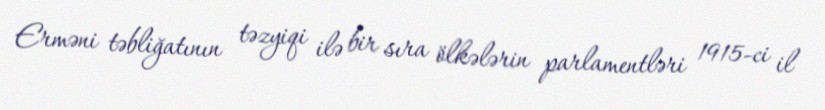
Erməni təbliğatının təzyiqi ilə bir sıra ölkələrin parlamentləri 1915-ci il